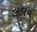
લડાય